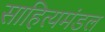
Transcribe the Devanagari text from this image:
साहित्यमंडल